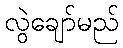
လွဲချော်မည်